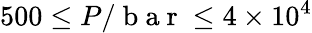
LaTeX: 500\le P/\mathrm{~b~a~r~}\le 4\times 10^{4}